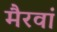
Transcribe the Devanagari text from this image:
मैरवां